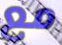
مع